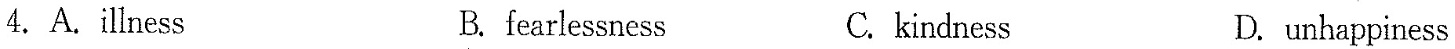
4.A.illness B. fearlessness C. kindness D. unhappiness